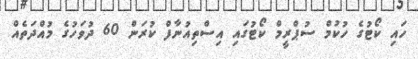
ހައި ކޯޓުގެ ހުކުމް ސުޕްރީމް ކޯޓުގައި އިސްތިއުނާފް ކުރަން 60 ދުވަހުގެ މުއްދަތެއް